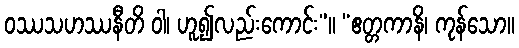
ဝဿသဟဿနီတိ ဝါ၊ ဟူ၍လည်းကောင်း”။ “ဧတ္တကာနိ၊ ကုန်သော။